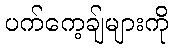
ပက်ကေ့ချ်များကို